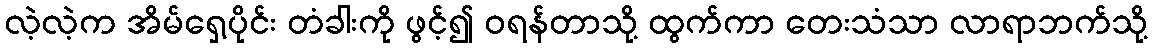
လဲ့လဲ့က အိမ်ရှေ့ပိုင်း တံခါးကို ဖွင့်၍ ဝရန်တာသို့ ထွက်ကာ တေးသံသာ လာရာဘက်သို့